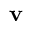
\ensuremath { \mathbf { v } }